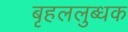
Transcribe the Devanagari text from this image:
बृहललुब्धक